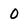
Character: 0